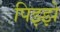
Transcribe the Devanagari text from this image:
पिझ्झे